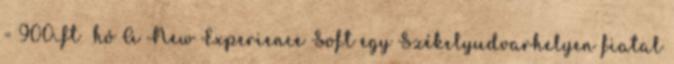
= 900Ft hó A New Experience Soft egy Székelyudvarhelyen fiatal